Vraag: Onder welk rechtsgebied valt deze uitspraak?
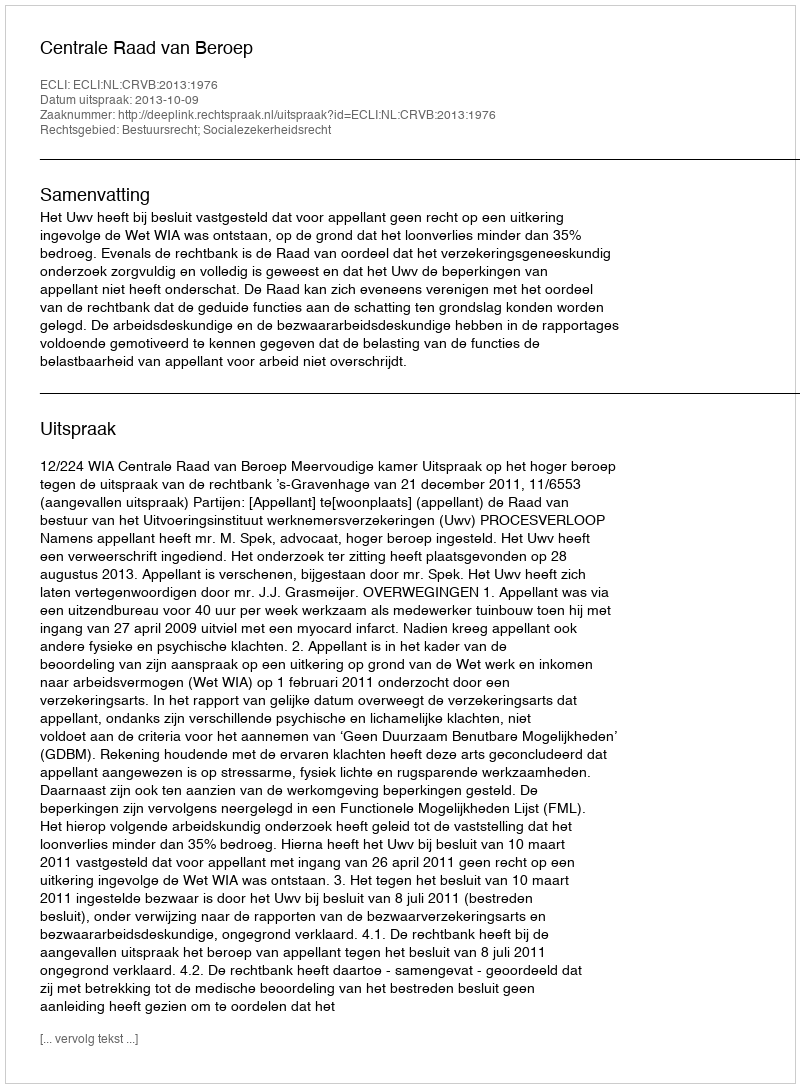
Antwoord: Bestuursrecht; Socialezekerheidsrecht